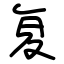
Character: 复